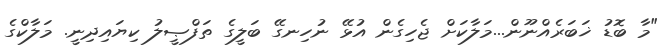
"މާ ބޮޑު ޚަބަރެއްނޫން...މަލާކަށް ޖެހިގެން އުޅޭ ނުހިނގޭ ބަލީގެ ތަފްޞީލު ކިޔައިދިނީ. މަލާކްގެ